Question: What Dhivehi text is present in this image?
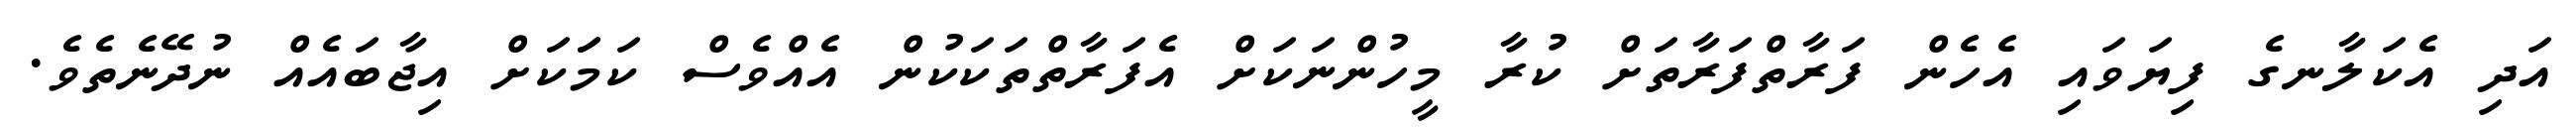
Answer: އަދި އެކަލާނގެ ފިޔަވައި އެހެން ފަރާތްފަރާތަށް ކުރާ މީހުންނަކަށް އެފަރާތްތަކަކުން އެއްވެސް ކަމަަކަށް އިޖާބައެއް ނުދޭނެތެވެ.